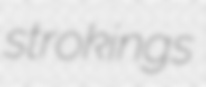
strokings